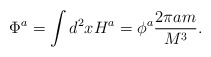
\begin{align*}\Phi^a = \int d^2x H^a = \phi^a\frac{2\pi am}{M^3}.\end{align*}